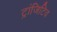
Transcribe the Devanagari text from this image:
ट्रांजिटिव